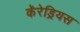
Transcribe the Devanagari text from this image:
कॅरेड्रियस